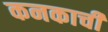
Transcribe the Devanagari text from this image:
कनकाची